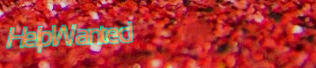
HelpWanted